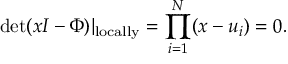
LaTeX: \operatorname * { d e t } ( x I - \Phi ) | _ { \mathrm { l o c a l l y } } = \prod _ { i = 1 } ^ { N } ( x - u _ { i } ) = 0 .